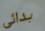
بدائي